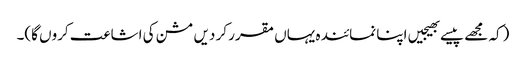
(کہ مجھے پیسے بھیجیں اپنا نمائندہ یہاں مقرر کر دیں مشن کی اشاعت کروں گا)۔